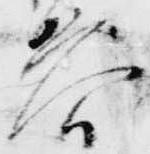
答